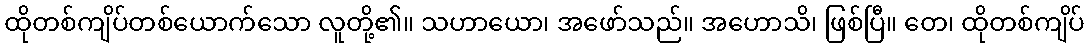
ထိုတစ်ကျိပ်တစ်ယောက်သော လူတို့၏။ သဟာယော၊ အဖော်သည်။ အဟောသိ၊ ဖြစ်ပြီ။ တေ၊ ထိုတစ်ကျိပ်